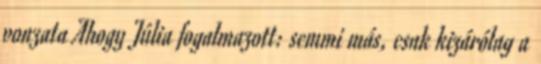
vonzata Ahogy Júlia fogalmazott: semmi más, csak kizárólag a